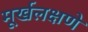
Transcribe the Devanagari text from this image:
मूर्खलक्षणे